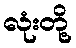
လုံးတို့